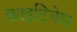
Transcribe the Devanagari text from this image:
काइटिनेस